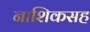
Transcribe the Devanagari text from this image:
नाशिकसह